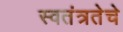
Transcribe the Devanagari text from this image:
स्वतंत्रतेचे